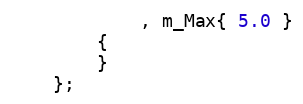
Language: C
            , m_Max{ 5.0 }
        {
        }
    };